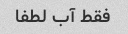
فقط آب لطفا